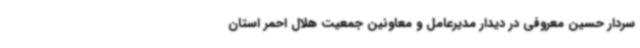
سردار حسین معروفی در دیدار مدیرعامل و معاونین جمعیت هلال احمر استان